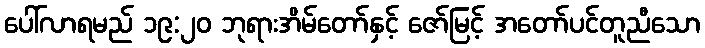
ပေါ်လာရမည် ၁၉:၂၀ ဘုရားအိမ်တော်နှင့် ဇော်မြင့် အတော်ပင်တူညီသော